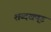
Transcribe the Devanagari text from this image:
शब्दखण़्ड